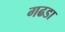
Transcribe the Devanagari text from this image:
गढडा